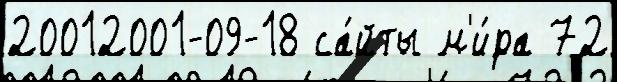
20012001-09-18 са́йты м'и́ра 72